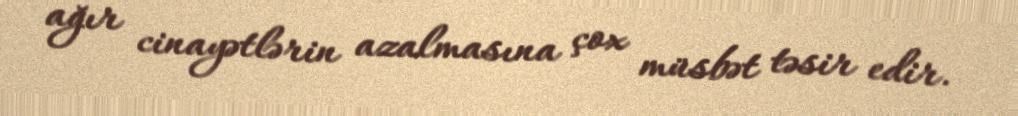
ağır cinayətlərin azalmasına çox müsbət təsir edir.